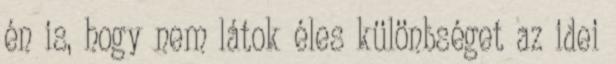
én is, hogy nem látok éles különbséget az idei